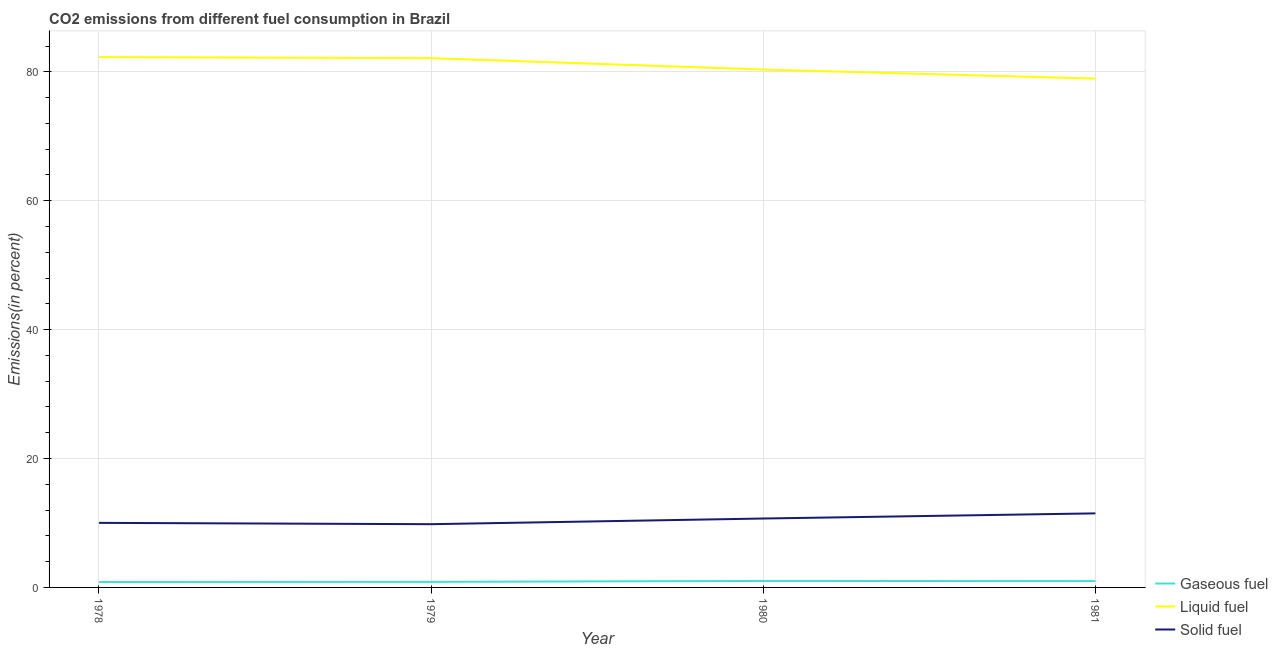
| Year | Gaseous fuel | Liquid fuel | Solid fuel |
 | --- | --- | --- | --- |
 | 1978 | 0.839 | 82.3 | 10 |
 | 1979 | 0.867 | 82.1 | 9.81 |
 | 1980 | 1.01 | 80.4 | 10.7 |
 | 1981 | 0.982 | 78.9 | 11.5 |